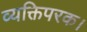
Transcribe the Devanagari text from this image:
व्यक्तिपरक।